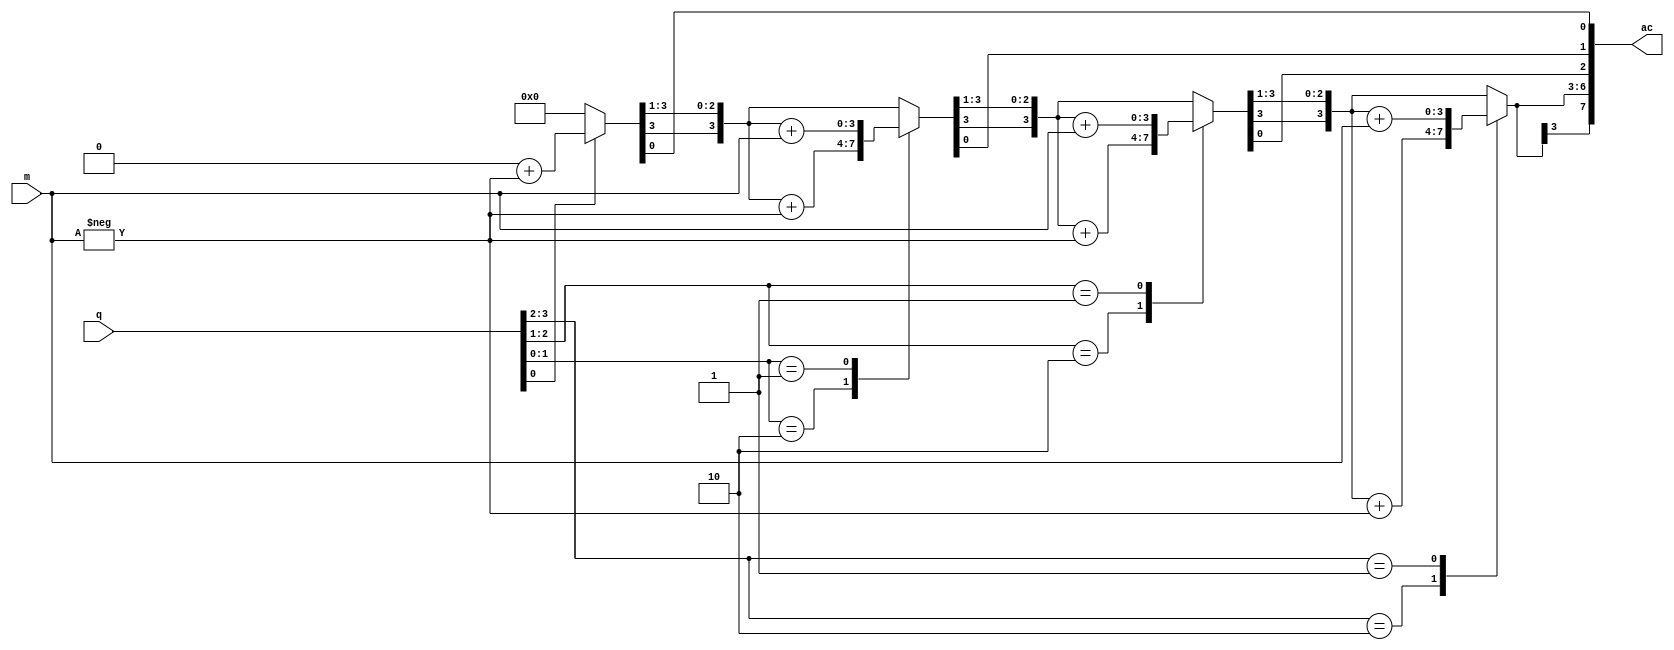
module boothmul(ac,m,q);
output reg signed[7:0]ac;
input signed[3:0]m,q;
integer n;
reg q1;
reg[3:0]m1;
reg [1:0]temp;

always@(m,q)
begin
 ac=8'd0;
 q1=1'b0;
 m1=-m;
 for(n=0;n<4;n=n+1)
 begin
  temp={q[n],q1};
  case(temp)
  2'b10 : ac[7:4]=ac[7:4]+m1;
  2'b01 : ac[7:4]=ac[7:4]+m;
  endcase
  ac=ac>>1;
  ac[7]=ac[6];
  q1=q[n];
 end
end
endmodule